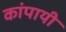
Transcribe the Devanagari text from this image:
कांपायी